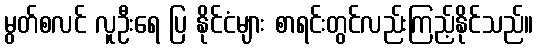
မွတ်စလင် လူဦးရေ ပြ နိုင်ငံများ စာရင်းတွင်လည်းကြည့်နိုင်သည်။